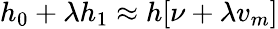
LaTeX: h_{0}+\lambda h_{1}\approx h[\nu+\lambda v_{m}]